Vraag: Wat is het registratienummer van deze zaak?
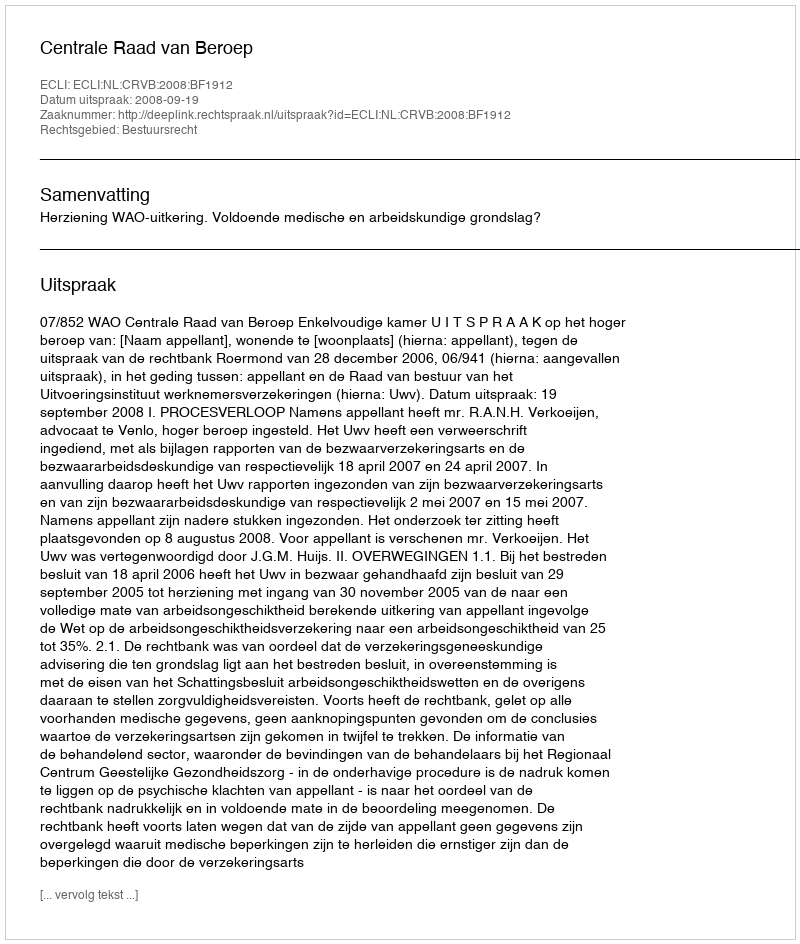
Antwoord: http://deeplink.rechtspraak.nl/uitspraak?id=ECLI:NL:CRVB:2008:BF1912